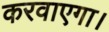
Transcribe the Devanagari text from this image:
करवाएगा।